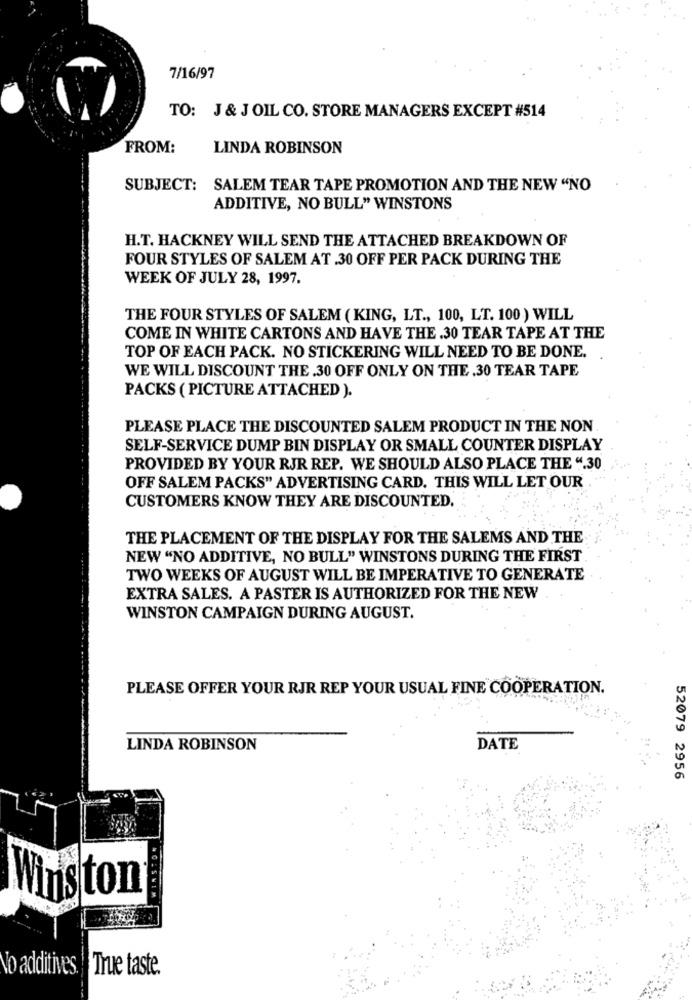
7/16/97
TO: J & J OIL CO. STORE MANAGERS EXCEPT #514
FROM:
LINDA ROBINSON
SUBJECT:
SALEM TEAR TAPE PROMOTION AND THE NEW "NO
ADDITIVE, NO BULL" WINSTONS
H.T. HACKNEY WILL SEND THE ATTACHED BREAKDOWN OF
FOUR STYLES OF SALEM AT .30 OFF PER PACK DURING THE
WEEK OF JULY 28, 1997.
THE FOUR STYLES OF SALEM ( KING, LT ., 100, LT. 100 ) WILL
COME IN WHITE CARTONS AND HAVE THE .30 TEAR TAPE AT THE
TOP OF EACH PACK. NO STICKERING WILL NEED TO BE DONE.
WE WILL DISCOUNT THE .30 OFF ONLY ON THE .30 TEAR TAPE
PACKS ( PICTURE ATTACHED ).
PLEASE PLACE THE DISCOUNTED SALEM PRODUCT IN THE NON
SELF-SERVICE DUMP BIN DISPLAY OR SMALL COUNTER DISPLAY
PROVIDED BY YOUR RJR REP. WE SHOULD ALSO PLACE THE ".30
OFF SALEM PACKS" ADVERTISING CARD. THIS WILL LET OUR
CUSTOMERS KNOW THEY ARE DISCOUNTED.
THE PLACEMENT OF THE DISPLAY FOR THE SALEMS AND THE
NEW "NO ADDITIVE, NO BULL" WINSTONS DURING THE FIRST
TWO WEEKS OF AUGUST WILL BE IMPERATIVE TO GENERATE
EXTRA SALES. A PASTER IS AUTHORIZED FOR THE NEW
WINSTON CAMPAIGN DURING AUGUST.
PLEASE OFFER YOUR RJR REP YOUR USUAL FINE COOPERATION.
LINDA ROBINSON
DATE
52079 2956
Winston
No additives. True taste.